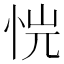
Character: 𢙙